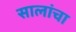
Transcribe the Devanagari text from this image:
सालांचा